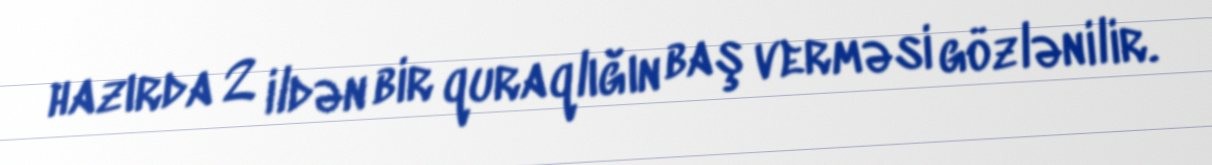
hazırda 2 ildən bir quraqlığın baş verməsi gözlənilir.